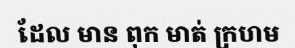
ដែល មាន ពុក មាត់ ក្រហម